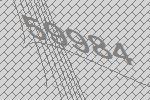
59984